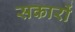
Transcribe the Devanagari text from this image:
सकारों